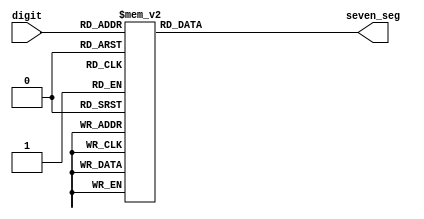
`timescale 1ns / 1ps
//////////////////////////////////////////////////////////////////////////////////
// Company: 
// Engineer: 
// 
// Design Name: 
// Module Name:    seven_seg 
// Project Name: 
// Target Devices: 
// Tool versions: 
// Description: 
//
// Dependencies: 
//
// Revision: 
// Revision 0.01 - File Created
// Additional Comments: 
//
//////////////////////////////////////////////////////////////////////////////////
module seven_seg(
	input [3:0] digit,
	output reg [7:0] seven_seg
    );
	 
    always @ (*) begin
        case(digit)    
            4'd0: seven_seg = 8'b11000000;
            4'd1: seven_seg = 8'b11111001;
            4'd2: seven_seg = 8'b10100100;
            4'd3: seven_seg = 8'b10110000;
            4'd4: seven_seg = 8'b10011001;
            4'd5: seven_seg = 8'b10010010;
            4'd6: seven_seg = 8'b10000010;
            4'd7: seven_seg = 8'b11111000;
            4'd8: seven_seg = 8'b10000000;
            4'd9: seven_seg = 8'b10010000;
            default: seven_seg = 8'b11111111;
        endcase
    end
endmodule